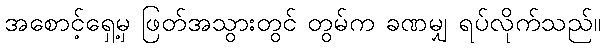
အစောင့်ရှေ့မှ ဖြတ်အသွားတွင် တွမ်က ခဏမျှ ရပ်လိုက်သည်။